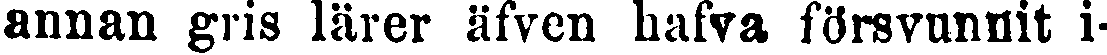
annan gris lärer äfven hafva försvunnit i-